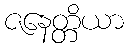
ဇနေတ္တိယာ